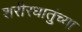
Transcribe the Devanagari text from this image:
शरीरधातुंच्या